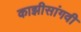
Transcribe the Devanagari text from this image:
काझीसांगवी